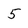
Character: 5